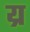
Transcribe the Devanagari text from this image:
य्र